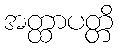
အတ္ထာပတ္တိ